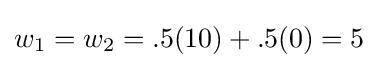
w_{1}=w_{2}=.5(10)+.5(0)=5